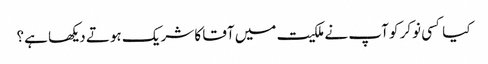
کیا کسی نوکر کو آپ نے ملکیت میں آقا کا شریک ہوتے دیکھا ہے؟